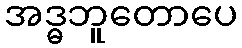
အဒ္ဓဘူတောပေ